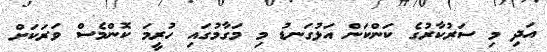
އަދި މި ސަރުކާރުގެ ކަންކަން އަޅުގަނޑު މި މަގާމުގައި ހުރީމަ ކޮންމެސް ވަރަކަށް